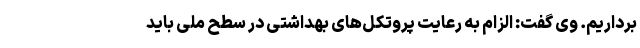
برداریم. وی گفت: الزام به رعایت پروتکل‌های بهداشتی در سطح ملی باید